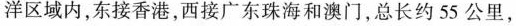
洋区域内，东接香港，西接广东珠海和澳门，总长约55公里，